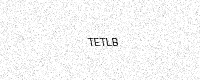
Text: TETLB